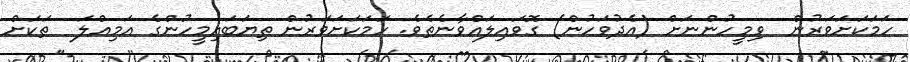
ހަމަކަށަވަރުން  ވިމީހުންނަށް (އެދުވަހުން) ގޮވައިލައްވާނެތެވެ. ހަމަކަށަވަރުން ތިޔަބައިމީހުންގެ އަމިއްލަ  ތަކަށް